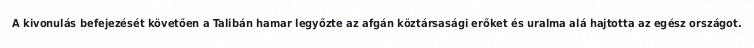
A kivonulás befejezését követően a Talibán hamar legyőzte az afgán köztársasági erőket és uralma alá hajtotta az egész országot.